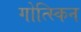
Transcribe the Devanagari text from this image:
गोत्स्किन